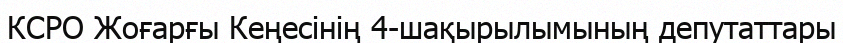
КСРО Жоғарғы Кеңесінің 4-шақырылымының депутаттары